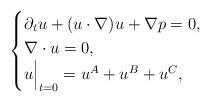
LaTeX: \begin{align*}\begin{cases}\partial_t u + (u\cdot \nabla) u + \nabla p =0, \\\nabla \cdot u=0,\\u\Bigr|_{t=0} = u^A +u^B + u^C,\end{cases}\end{align*}